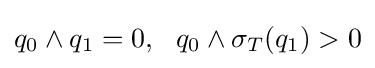
q_{0}\wedge q_{1}=0,\,\,\,\,q_{0}\wedge \sigma _{T}(q_{1})>0